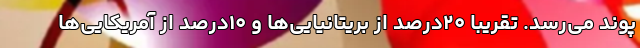
پوند می‌رسد. تقریباً ۲۰‌درصد از بریتانیایی‌ها و ۱۰‌درصد از آمریکایی‌ها